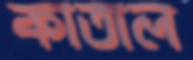
কাতাল